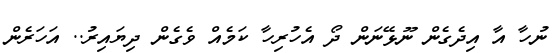
ނުހާ އާ އިދެގެން ނޫޅޭނަން ދޯ އެހުރިހާ ކަމެއް ވެގެން ދިޔައިރު.. އަހަރެން